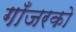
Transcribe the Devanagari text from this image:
गाँजरको